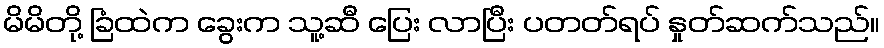
မိမိတို့ ခြံထဲက ခွေးက သူ့ဆီ ပြေး လာပြီး ပတတ်ရပ် နှုတ်ဆက်သည်။